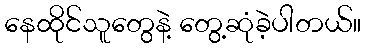
နေထိုင်သူတွေနဲ့ တွေ့ဆုံခဲ့ပါတယ်။